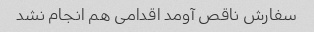
سفارش ناقص آومد اقدامی هم انجام نشد